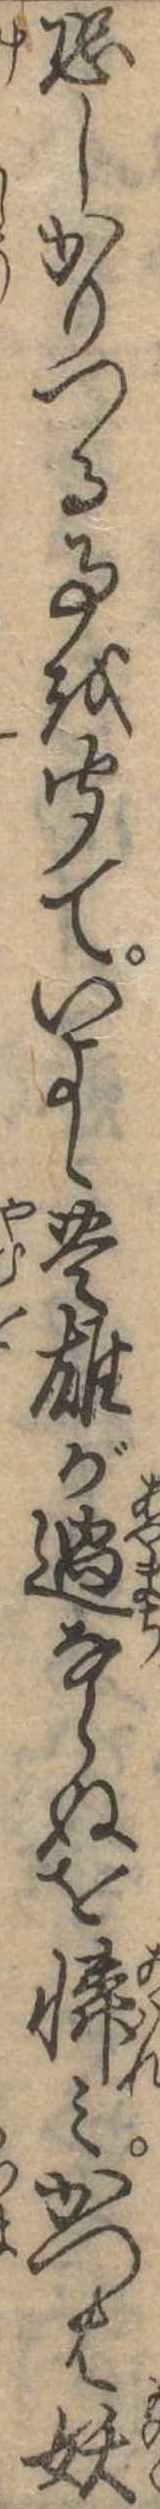
恐しかりつる事を聞ていよゝ豊雄が過ならぬを憐みかつは妖